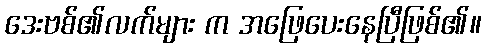
ဒေးဗစ်၏လက်များ က အဖြေပေးနေပြီဖြစ်၏။